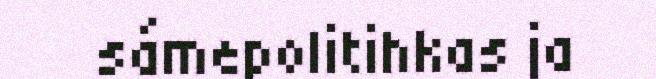
sámepolitihkas ja